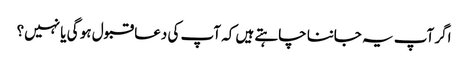
اگر آپ یہ جاننا چاہتے ہیں کہ آپ کی دعا قبول ہو گی یا نہیں؟